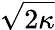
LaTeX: \sqrt{2\kappa}